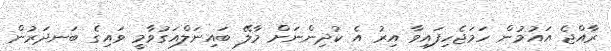
ރާއްޖެ އައުމުން ހަމަޖެހިފައިވާ އިރު އެ ކުދިންނަށް މާލޭ ބައިނަލްއަގުވާމީ ވައިގެ ބަނދަރުން